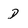
Character: D